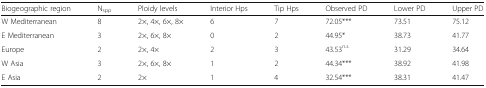
<table><thead><tr><td><b>Biogeographic region</b></td><td><b>N<sub>spp</sub></b></td><td><b>Ploidy levels</b></td><td><b>Interior Hps</b></td><td><b>Tip Hps</b></td><td><b>Observed PD</b></td><td><b>Lower PD</b></td><td><b>Upper PD</b></td></tr></thead><tbody><tr><td>W Mediterranean</td><td>8</td><td>2×, 4×, 6×, 8×</td><td>6</td><td>7</td><td>72.05***</td><td>73.51</td><td>75.12</td></tr><tr><td>E Mediterranean</td><td>3</td><td>2×, 6×, 8×</td><td>0</td><td>2</td><td>44.95*</td><td>38.73</td><td>41.77</td></tr><tr><td>Europe</td><td>2</td><td>2×, 4×</td><td>2</td><td>3</td><td>43.53<sup><i>n.s.</i></sup></td><td>31.29</td><td>34.64</td></tr><tr><td>W Asia</td><td>3</td><td>2×, 6×, 8×</td><td>1</td><td>2</td><td>44.34***</td><td>38.92</td><td>41.98</td></tr><tr><td>E Asia</td><td>2</td><td>2×</td><td>1</td><td>4</td><td>32.54***</td><td>38.31</td><td>41.47</td></tr></tbody></table>